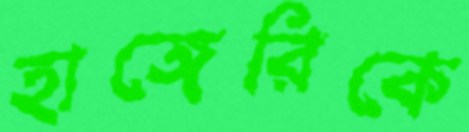
হাঙ্গেরিকে